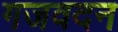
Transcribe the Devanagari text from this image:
गजवदन